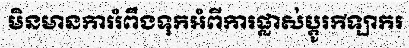
មិនមានការរំពឹងទុកអំពីការផ្លាស់ប្តូរកីឡាករ